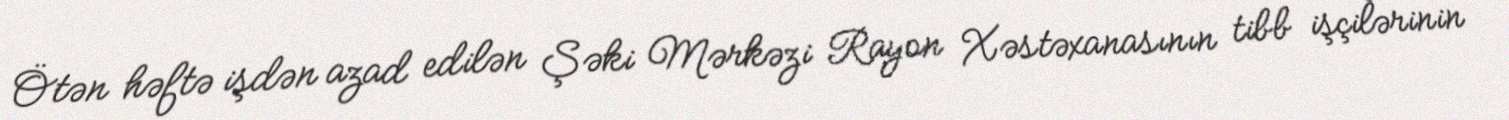
Ötən həftə işdən azad edilən Şəki Mərkəzi Rayon Xəstəxanasının tibb işçilərinin